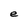
Character: e